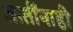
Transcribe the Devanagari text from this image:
जातींनाही